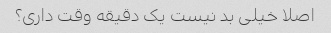
اصلا خیلی بد نیست یک دقیقه وقت داری؟